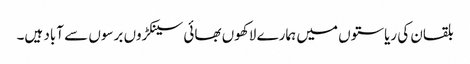
بلقان کی ریاستوں میں ہمارے لاکھوں بھائی سینکڑوں برسوں سے آباد ہیں۔